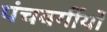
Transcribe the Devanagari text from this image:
पंचवर्गीयों